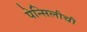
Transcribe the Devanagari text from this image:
पेन्सिलीची